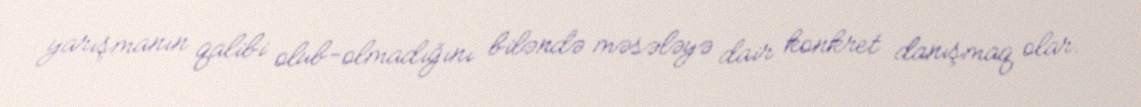
yarışmanın qalibi olub-olmadığını biləndə məsələyə dair konkret danışmaq olar.